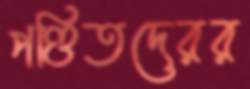
পণ্ডিতদেরর